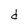
Character: d